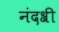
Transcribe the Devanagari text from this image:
नंदश्री